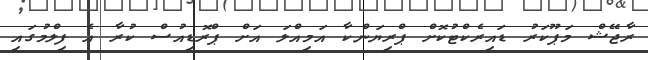
ރާޖޭޝް މަޕޫކަރު ޑައިރެކްޓުކޮށް ޕްރިޔަންކާ އަމިއްލަ އަށް ޕްރޮޑިއުސް ކުރާ އެ ފިލްމުގައި